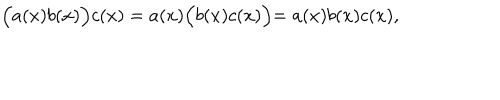
\Bigl ( a ( x ) b ( x ) \Bigl ) c ( x ) = a ( x ) \Bigl ( b ( x ) c ( x ) \Bigl ) = a ( x ) b ( x ) c ( x ) ,